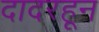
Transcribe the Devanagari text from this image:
दादरहून